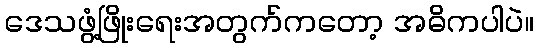
ဒေသဖွံ့ဖြိုးရေးအတွက်ကတော့ အဓိကပါပဲ။